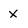
Character: x